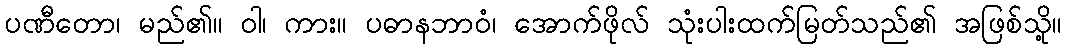
ပဏီတော၊ မည်၏။ ဝါ၊ ကား။ ပဓာနဘာဝံ၊ အောက်ဖိုလ် သုံးပါးထက်မြတ်သည်၏ အဖြစ်သို့။